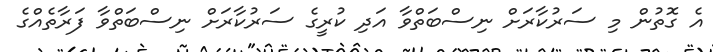
އެ ގޮތުން މި ސަރުކާރަށް ނިސްބަތްވާ އަދި ކުރީގެ ސަރުކާރަށް ނިސްބަތްވާ ފަރާތެއްގެ